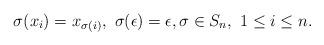
LaTeX: \begin{align*}\sigma (x_i) = x_{\sigma(i)}, \ \sigma(\epsilon) = \epsilon, \sigma \in S_n, \ 1 \leq i \leq n.\end{align*}